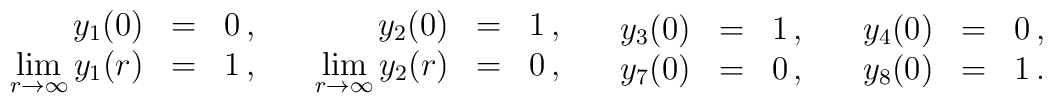
\begin{array}{rcl} y_1(0)&=&0 \, , \\   \lim\limits_{r\to\infty} y_1(r) &=& 1 \, ,   \end{array} \quad  \begin{array}{rcl} y_2(0)&=&1 \, , \\   \lim\limits_{r\to\infty} y_2(r) &=& 0 \, ,   \end{array} \quad  \begin{array}{rcl} y_3(0)&=&1 \, , \\ y_7(0) &=& 0 \, ,   \end{array}\quad  \begin{array}{rcl} y_4(0)&=&0 \, , \\ y_8(0) &=& 1 \, .    \end{array}\quad